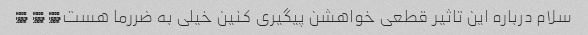
سلام درباره این تاثیر قطعی خواهشن پیگیری کنین خیلی به ضررما هست� � �